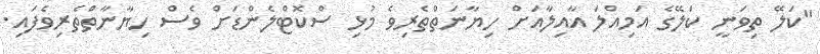
"ކަލޭ ތިވަނީ ކަލޭގެ އަމިއްލަ އާއިލާއަށް ހިޔާނަތްތެރިވެ މުޅި ސްކޮޓްލެންޑަށް ވެސް ހިޔާނާތްތެރިވެފައި.